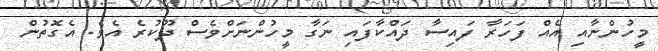
މީހުންނާއި އެއް ފަހަރާ ފައިސާ ދައްކާފައި ނަގާ މީހުންނަށްވެސް ދޫކުރެ އެވެ. އެގޮތުން